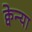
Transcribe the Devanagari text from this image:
क्वेन्या